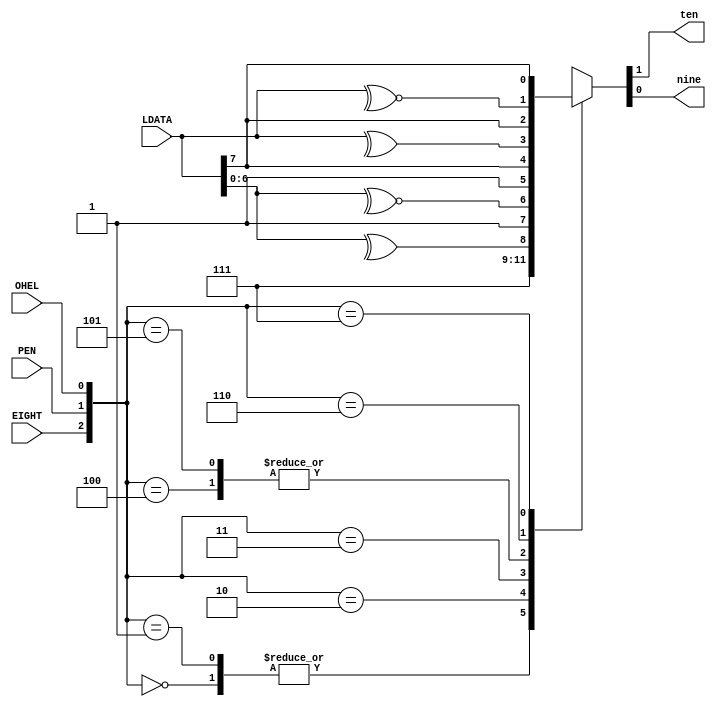
`timescale 1ns / 1ps
/*=================================================================================
 * Project:   CECS 460 Lab 2 - Transmit Engine
 *
 * Notes:     Generates bit10 and bit9 for the register that the shiftTX.v loads in
              according to the 3 flags
                  EIGHT - 8 bits to be used
                  PEN   - Parity Enable 
                  OHEL  - Odd High or Even Low for the Parity
=================================================================================*/
module parity_func(LDATA, EIGHT, PEN, OHEL, ten, nine);
   input [7:0] LDATA;
   input EIGHT, PEN, OHEL;
   output reg ten, nine;

   always @(*) begin
      case({EIGHT, PEN, OHEL})
         3'b000: {ten, nine} = 2'b11;
         3'b001: {ten, nine} = 2'b11;
         3'b010: {ten, nine} = {1'b1,  ^LDATA[6:0]};
         3'b011: {ten, nine} = {1'b1, ~^LDATA[6:0]};
         3'b100: {ten, nine} = {1'b1, LDATA[7]};
         3'b101: {ten, nine} = {1'b1, LDATA[7]};
         3'b110: {ten, nine} = { ^LDATA[7:0], LDATA[7]};
         3'b111: {ten, nine} = {~^LDATA[7:0], LDATA[7]};
      endcase
   end

endmodule